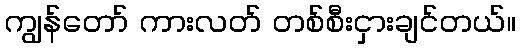
ကျွန်တော် ကားလတ် တစ်စီးငှားချင်တယ်။